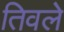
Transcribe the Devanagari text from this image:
तिवले